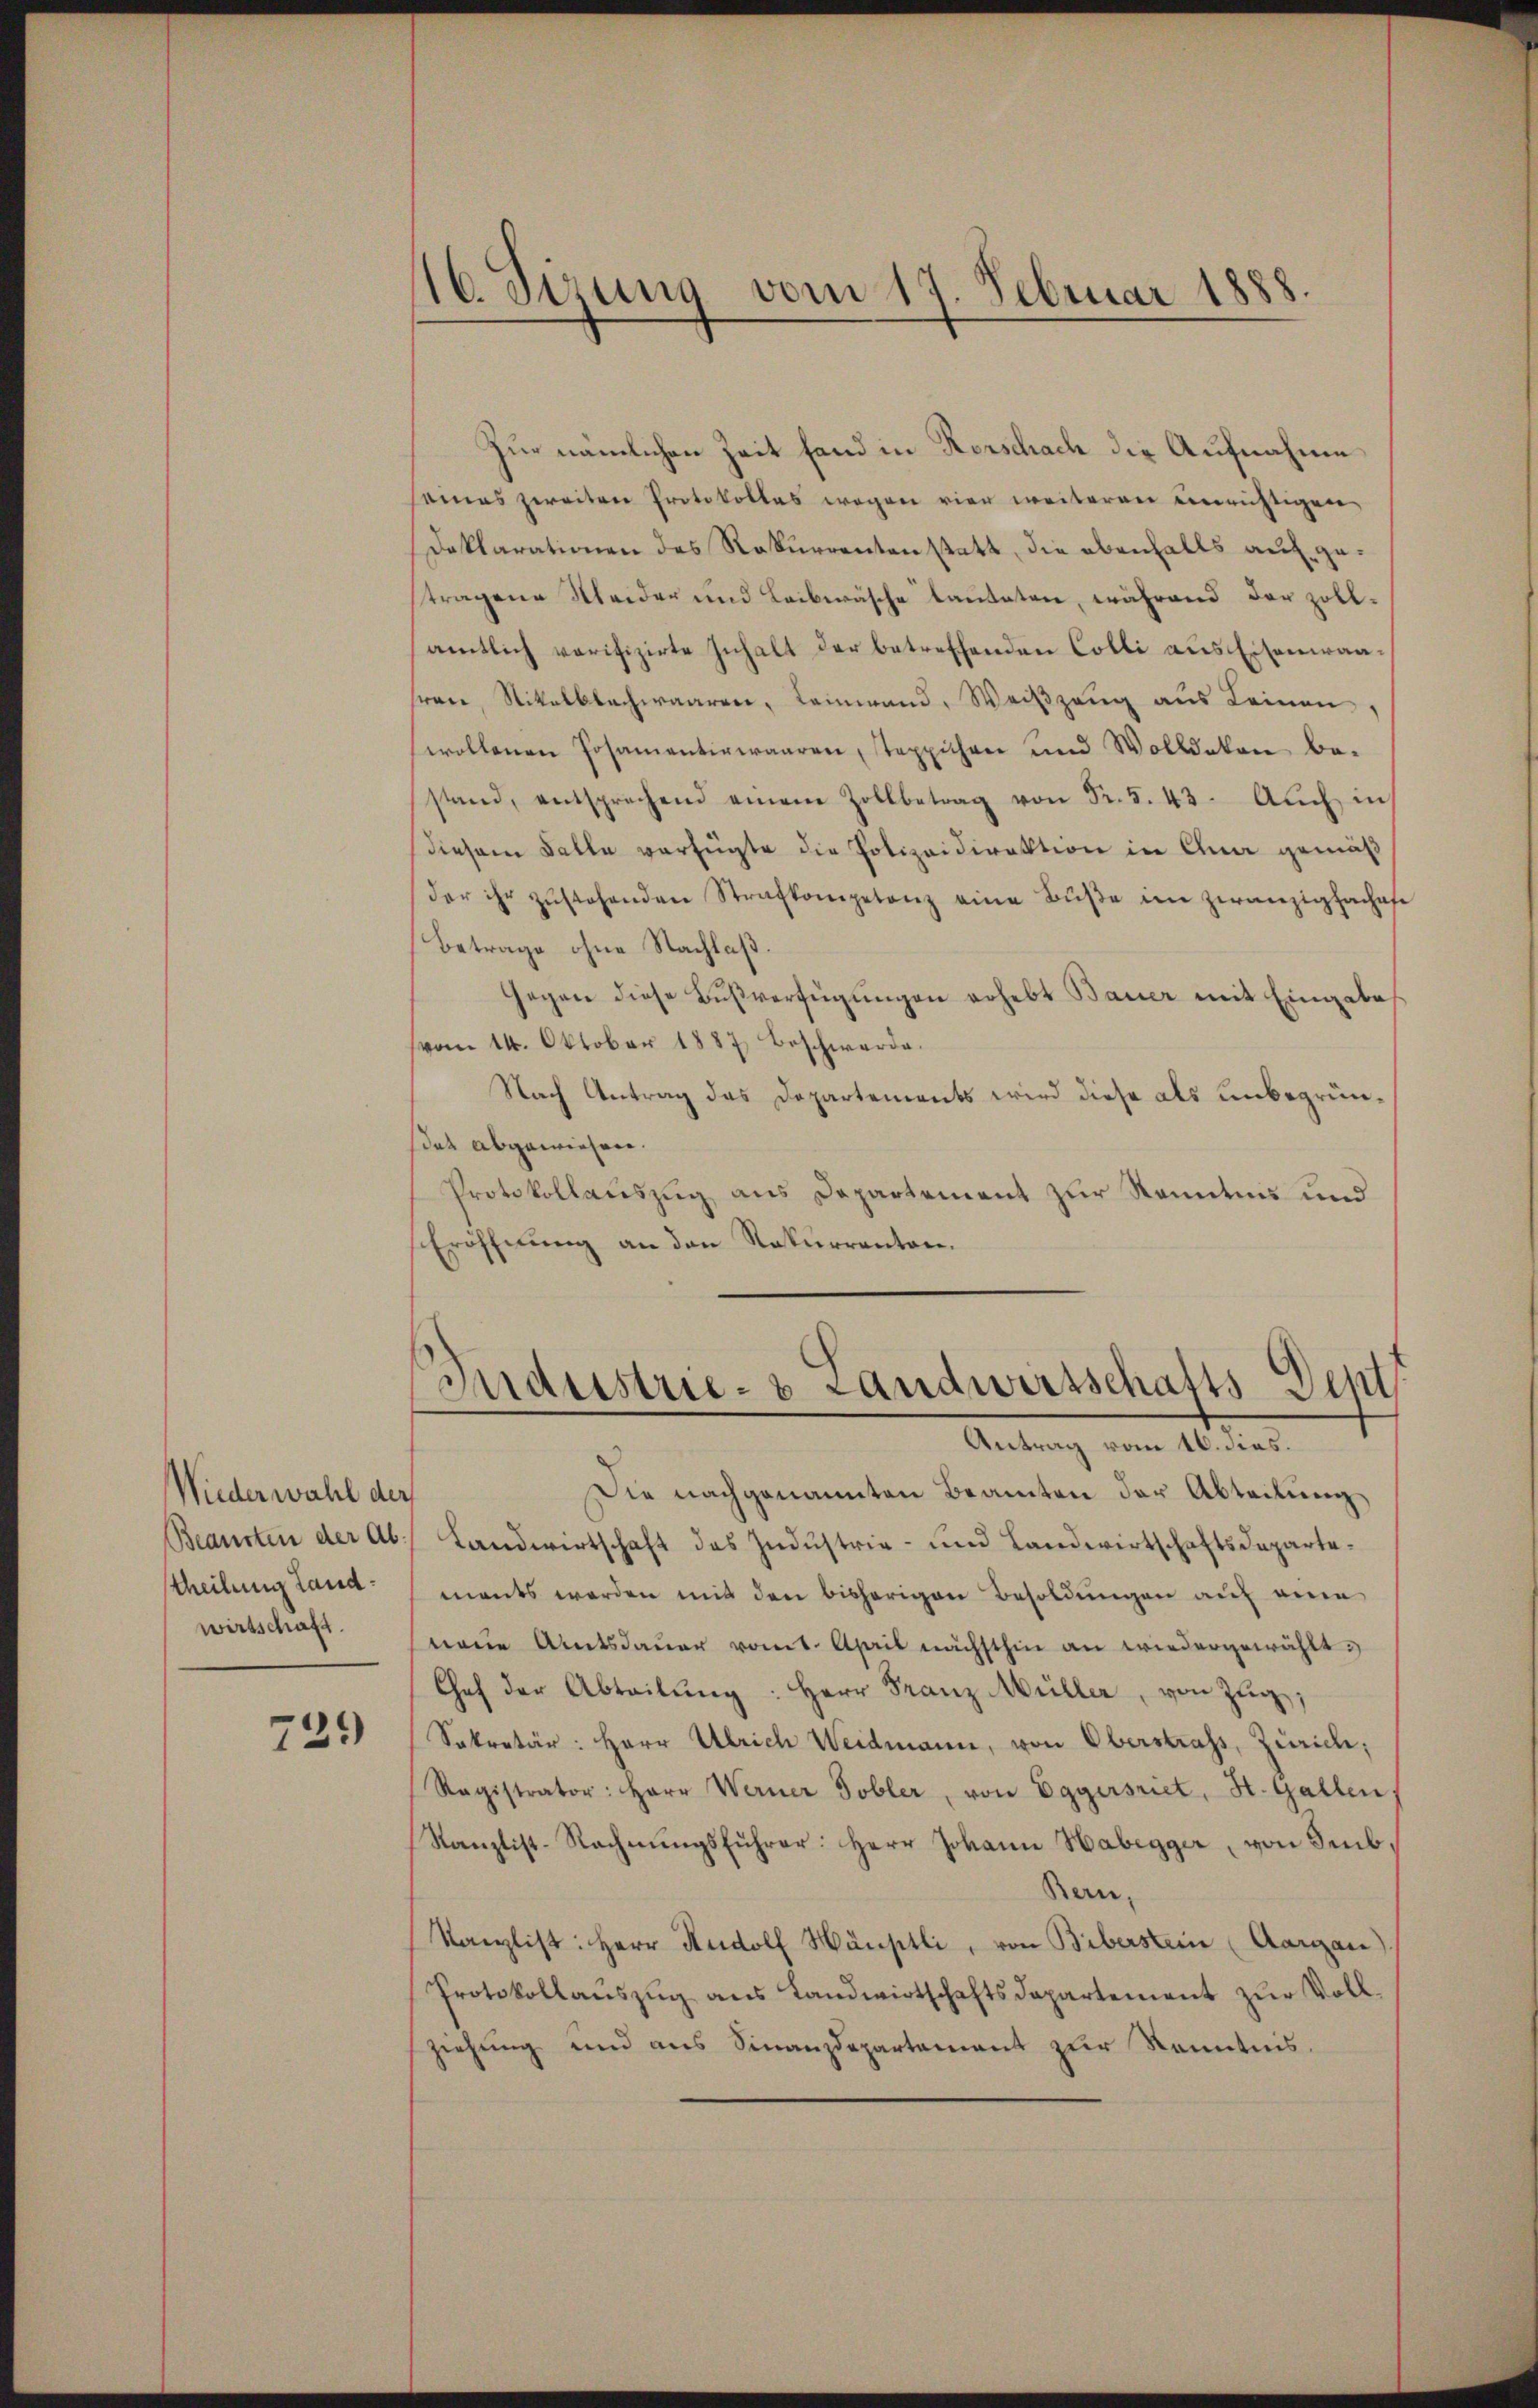
Wiederwahl der
stheilung Landwirtschaft.

729

16. Seizung vom 17. Februar 1888.

Zur nämlichen Zeit fand in Rorschach die Aufnahme
eines zweiten Protokolles wegen vier weiteren einrichtigen
Deklarationen des Rekurrenten statt, die ebenfalls aufge
.
stragene Kleider und Leibwäsche lauteten, während der Zollamtlich verifizirte Inhalt der betreffenden Colli aus Eisenwaafrau, Nikolbbachwaaren, Leinwand, Weißzeug aus Leinen,
swollenen Posamentirwaaren, steppichen und Wolldeten be-
stand, entsprechend einem Zollbetrag von Fr. 5. 43. Auch in
diesem Falle verfügte die Polizeidirektion in Ana gemäß
der ihr zŭstehenden Strafkompetenz eine Bŭβe im zwanzigfachef
Betrage ohne Nachlaß.
Gegen diese Bŭβverfügungen erhebt Bauer mit Eingabe
vom 14. Oktober 1887 beschwerde.
Nach Antrag das Departements wird diese als unbegründas abgewiesen.
Protokollauszug aus Departement zur Kenntnis und
Eröffnung an den Rekurranton.
Industrie- & Landwersschafts Dept
Antrag vom 16. dies.
Die nachgenannten Beamten der Abteilung
Beamten der Ab. Landwirtschaft des Indŭstrie- und Landwirtschaftsdepartements werden mit den bisherigen Besoldungen auf eine
neŭe Amtsdaŭer vomt. April nächsthin an wiedergewählt:
Chef der Abteilŭng: Herr Franz Müller, von Zŭg,
Sekretär: Herr Ulrich Weidmann, von Oberstrafs, Zürich;
Ragistrator: Herr Werner Tobler, von Eggersriet, St. Gallen.
Kanzlist-Rechnŭngsführer: Herr Johann Habegger, von Imb¬
Ben-
Kanzlist: Herr Rudolf Häuptli, von Biberstein Aargau).
Protokollaŭszŭg ans Landwirtschaftsdepartement zŭr Vollziehung und aus Finanzdepartement zur Kenntnis.